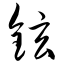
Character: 铉